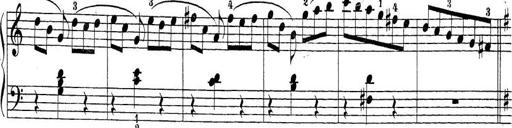
Title: Sonatina Album
Composer: Louis KÃ¶hler